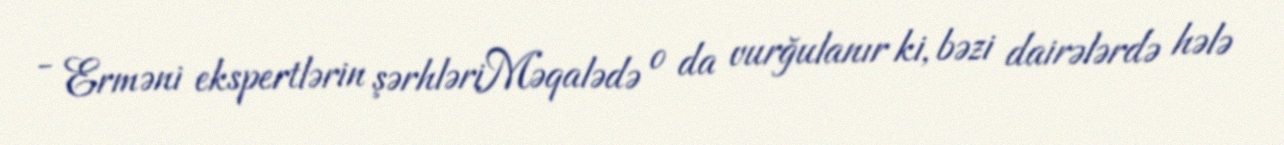
- Erməni ekspertlərin şərhləriMəqalədə o da vurğulanır ki, bəzi dairələrdə hələ